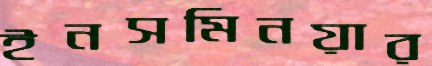
ইনসমিনয়ার